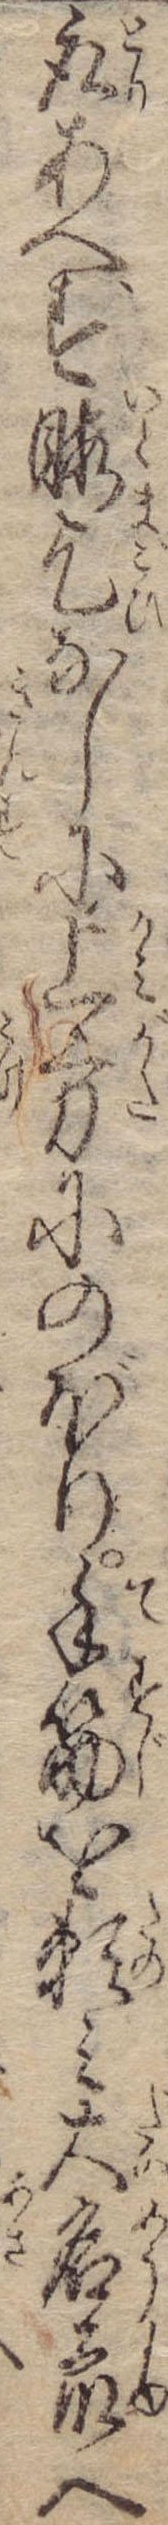
取あへす暇乞なしに上方にのぼり手筋を頼み大名衆へ